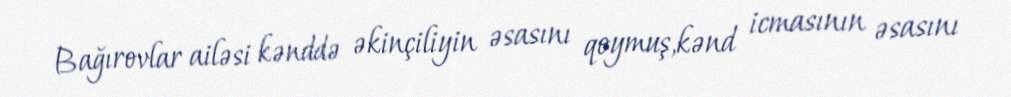
Bağırovlar ailəsi kənddə əkinçiliyin əsasını qoymuş,kənd icmasının əsasını